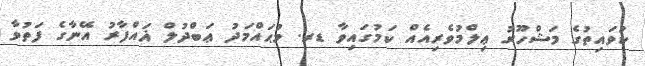
ކުވައިތުގެ މަޝްހޫރު ޢިލްމުވެރިއެއް ކަމުގައިވާ ޑރ. މުޙައްމަދު ޢަބްދުލް ޣައްފާރު އޭނާގެ ފަތުވާ